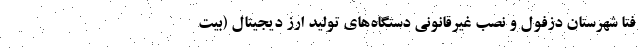
فتا شهرستان دزفول و نصب غیرقانونی دستگاه‌های تولید ارز دیجیتال (بیت